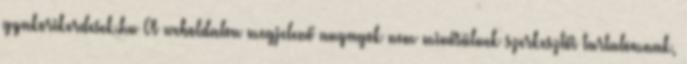
gyakorikerdesek.hu A weboldalon megjelenő anyagok nem minősülnek szerkesztői tartalomnak,